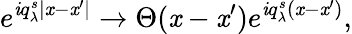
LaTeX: e^{\mathit{i}q_{\lambda}^{s}|\mathit{x}-\mathit{x}^{\prime}|}\to\Theta(\mathit{x}-\mathit{x}^{\prime})e^{\mathit{i}q_{\lambda}^{s}(\mathit{x}-\mathit{x}^{\prime})},